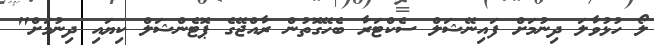
ލޯ ހުޅުވާލަ ދިނުމަށް ފައިނޭޝަލް ސެކްޓަރާ ބެހޭގޮތުން ރާއްޖޭގެ ޕޮޓެންޝަލް ކިޔައި ދިނުމަށް"